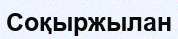
Соқыржылан